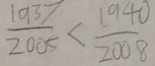
\frac { 1 9 3 7 } { 2 0 0 5 } < \frac { 1 9 4 0 } { 2 0 0 8 }